65_HS1-834228961_62-HQ-83894_Section_3
Agency: FBI
Page 89
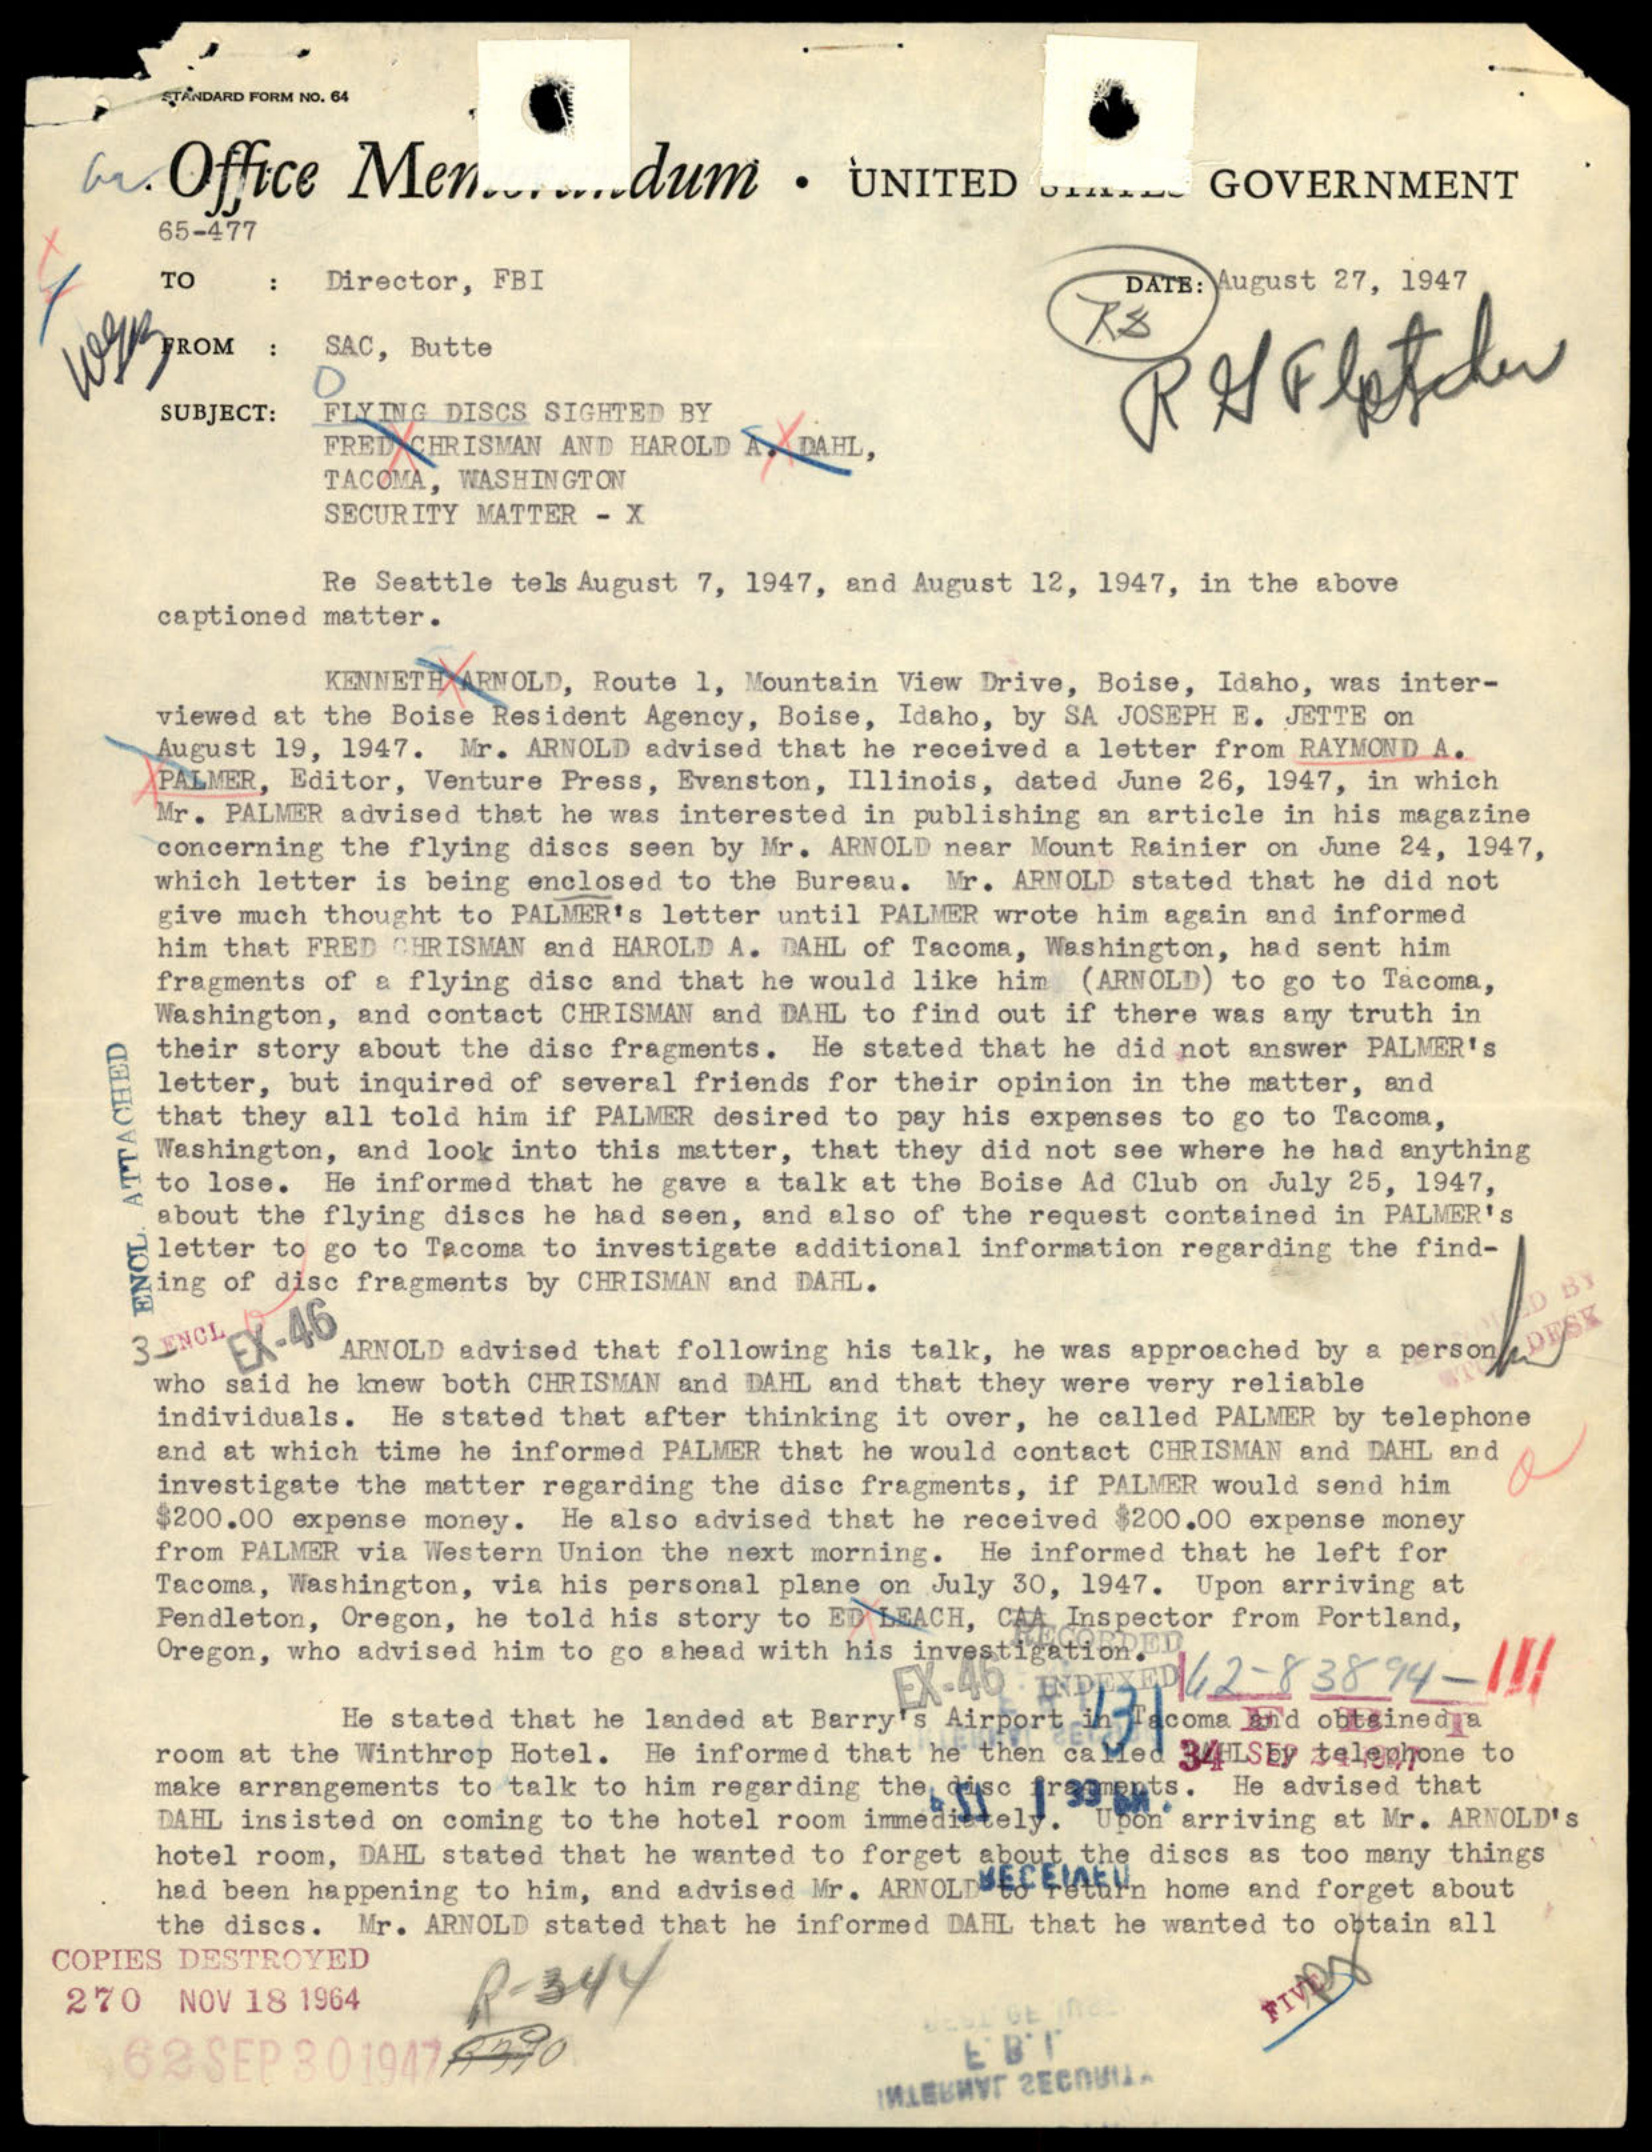